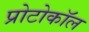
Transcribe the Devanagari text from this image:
प्रोटोकाॅल